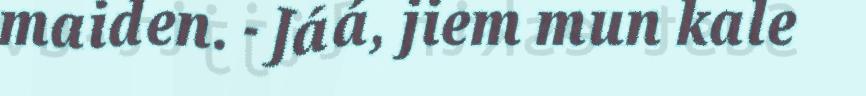
maiden. - Jáá, jiem mun kale